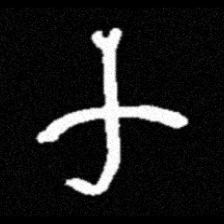
Pyu character \u2014 Myanmar letter: က (romanized: ka)